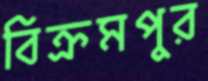
বিক্রমপুর